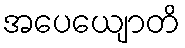
အပေယျောတိ